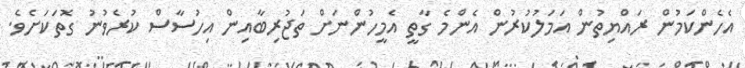
އެހެންކަމުން ރައްޔިތުން އަމަލުކުރުން އެންމެ ގާތީ އެމީހުންނަށް ތަޖުރިބާއިން އިހުސާސް ކުރެވުނު ގޮތަކަށެވެ.